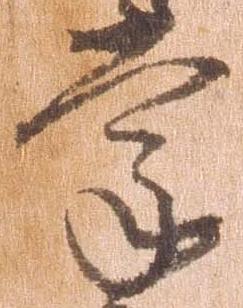
掌